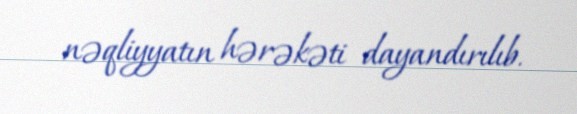
nəqliyyatın hərəkəti dayandırılıb.